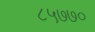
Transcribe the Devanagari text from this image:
८५७७०